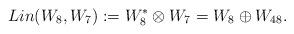
LaTeX: \begin{align*} Lin(W_8, W_7) := W_8^* \otimes W_7 = W_8 \oplus W_{48}.\end{align*}